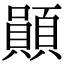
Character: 䫟